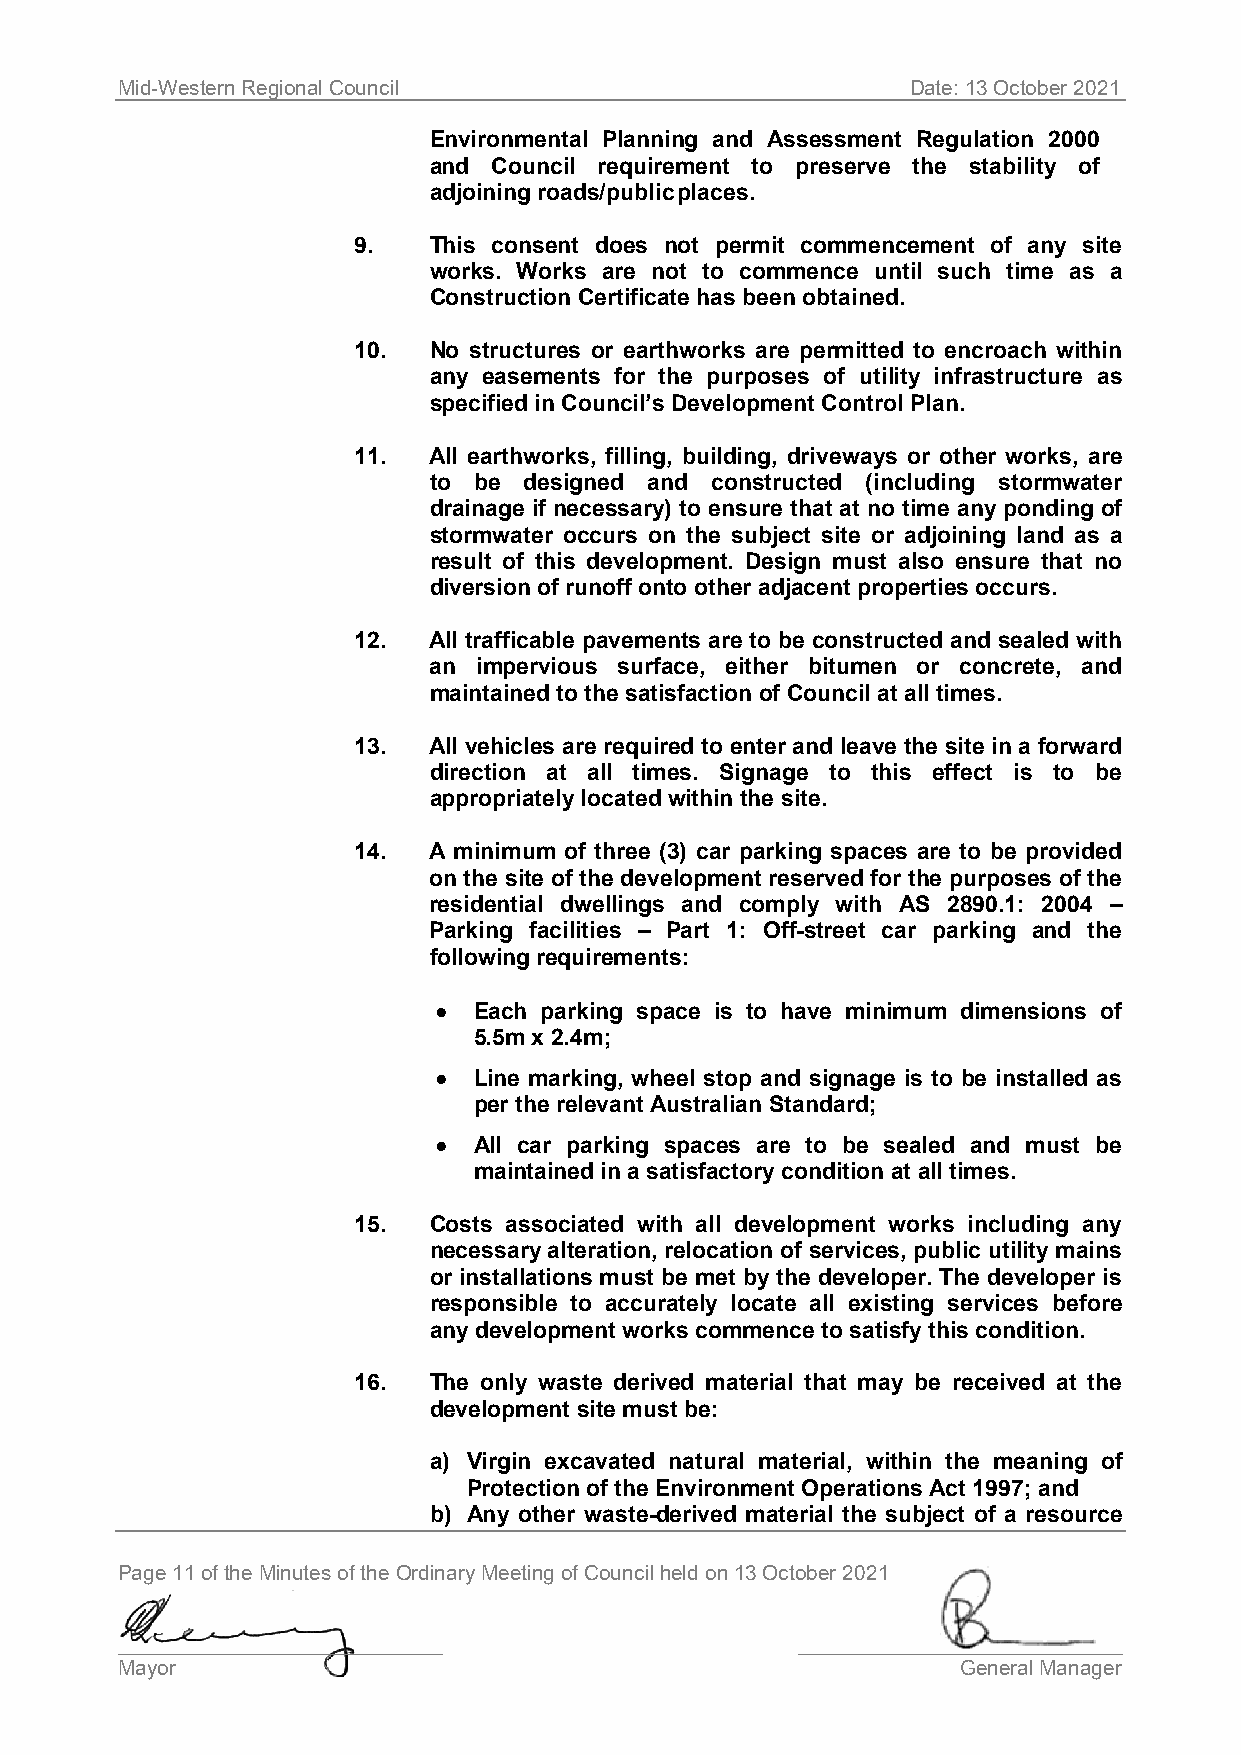
Mid-Western Regional Council                        Date: 13 October 2021
 Environmental Planning and Assessment Regulation 2000
 and  Council requirement to preserve the stability of
 adjoining roads/public places.
 9.   This consent does not permit commencement of any site
 works. Works are not to commence until such time as a
 Construction Certificate has been obtained.
 10.  No structures or earthworks are permitted to encroach within
 any easements for the purposes of utility infrastructure as
 specified in Council’s Development Control Plan.
 11.  All earthworks, filling, building, driveways or other works, are
 to be  designed and constructed (including stormwater
 drainage if necessary) to ensure that at no time any ponding of
 stormwater occurs on the subject site or adjoining land as a
 result of this development. Design must also ensure that no
 diversion of runoff onto other adjacent properties occurs.
 12.  All trafficable pavements are to be constructed and sealed with
 an  impervious surface, either bitumen or concrete, and
 maintained to the satisfaction of Council at all times.
 13.  All vehicles are required to enter and leave the site in a forward
 direction at all times. Signage to this effect is to be
 appropriately located within the site.
 14.  A minimum of three (3) car parking spaces are to be provided
 on the site of the development reserved for the purposes of the
 residential dwellings and comply with AS 2890.1: 2004 –
 Parking facilities – Part 1: Off-street car parking and the
 following requirements:
 • Each parking space is to have minimum dimensions of
 5.5m x 2.4m;
 • Line marking, wheel stop and signage is to be installed as
 per the relevant Australian Standard;
 • All car parking spaces are to be sealed and must be
 maintained in a satisfactory condition at all times.
 15.  Costs associated with all development works including any
 necessary alteration, relocation of services, public utility mains
 or installations must be met by the developer. The developer is
 responsible to accurately locate all existing services before
 any development works commence to satisfy this condition.
 16.  The only waste derived material that may be received at the
 development site must be:
 a) Virgin excavated natural material, within the meaning of
 Protection of the Environment Operations Act 1997; and
 b) Any other waste-derived material the subject of a resource
 Page 11 of the Minutes of the Ordinary Meeting of Council held on 13 October 2021
 ____________________________                 ____________________________
 Mayor                                                   General Manager